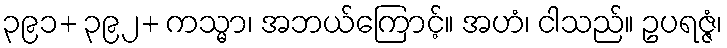
၃၉၁+ ၃၉၂+ ကသ္မာ၊ အဘယ်ကြောင့်။ အဟံ၊ ငါသည်။ ဥပရဇ္ဇံ၊